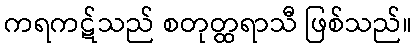
ကရကဋ်သည် စတုတ္ထရာသီ ဖြစ်သည်။